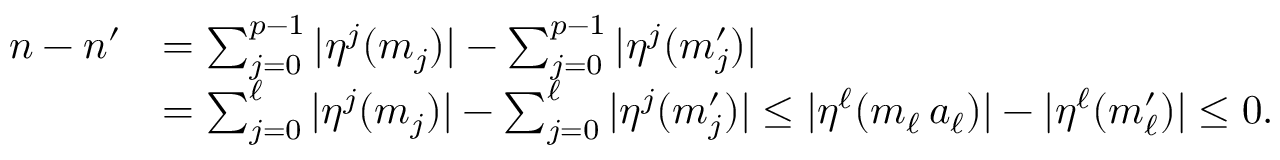
\begin{array} { r l } { n - n ^ { \prime } } & { = \textstyle \sum _ { j = 0 } ^ { p - 1 } | \eta ^ { j } ( m _ { j } ) | - \textstyle \sum _ { j = 0 } ^ { p - 1 } | \eta ^ { j } ( m _ { j } ^ { \prime } ) | } \\ & { = \textstyle \sum _ { j = 0 } ^ { \ell } | \eta ^ { j } ( m _ { j } ) | - \textstyle \sum _ { j = 0 } ^ { \ell } | \eta ^ { j } ( m _ { j } ^ { \prime } ) | \leq | \eta ^ { \ell } ( m _ { \ell } \, a _ { \ell } ) | - | \eta ^ { \ell } ( m _ { \ell } ^ { \prime } ) | \leq 0 . } \end{array}